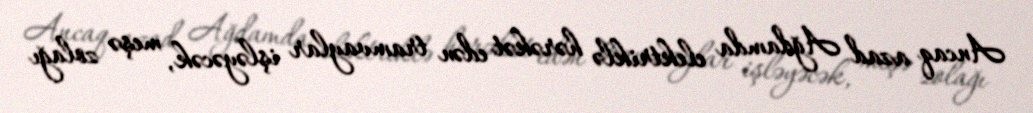
Ancaq azad Ağdamda elektriklə hərəkət edən tramvaylar işləyəcək, meşə zolağı